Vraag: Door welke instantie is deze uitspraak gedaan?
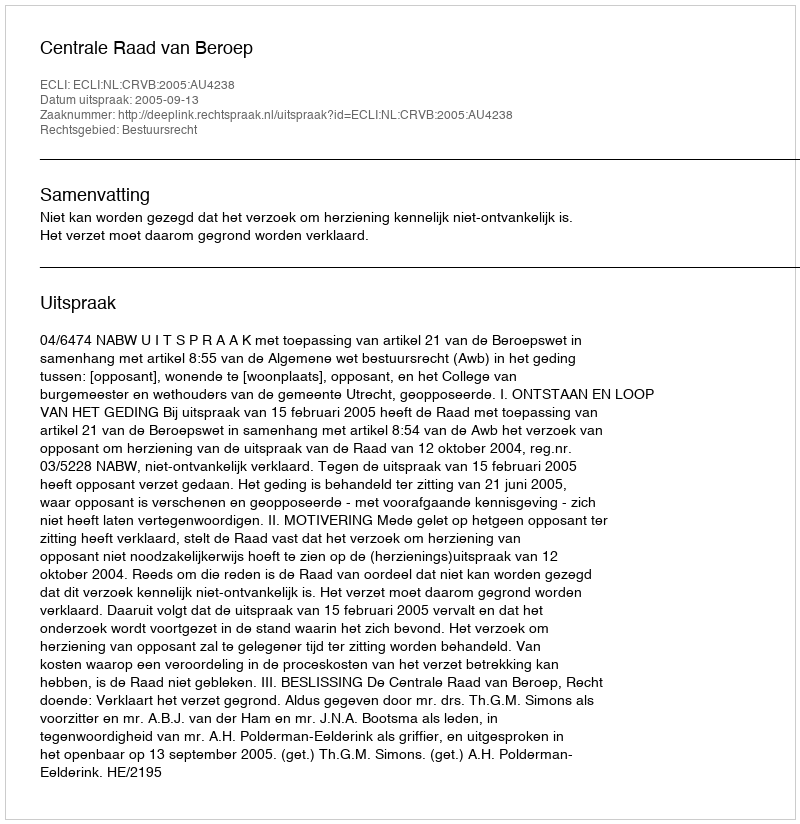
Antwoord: Centrale Raad van Beroep